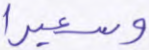
وسعيرا